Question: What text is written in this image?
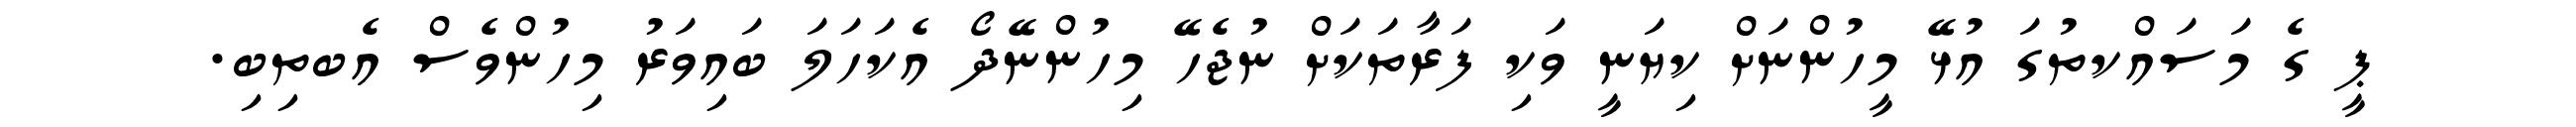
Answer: ޕީ ގެ މަސައްކތުގަ އުޅޭ މީހުންނަށް ކިޔަނީ ވަކި ފަރާތަކަށް ނުޖެހޭ މިހުންނޭދޯ އެކަހަލަ ބައިވަރު މިހުންވެސް އެބތިބި.